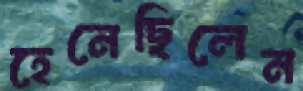
হেনেছিলেন